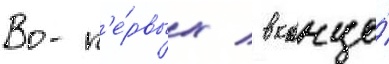
Во-п'е́рвых / в конце́